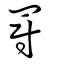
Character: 罻